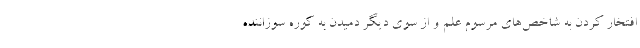
افتخار كردن به شاخص‌هاي مرسوم علم و از سوي ديگر دميدن به كوره سوزاننده